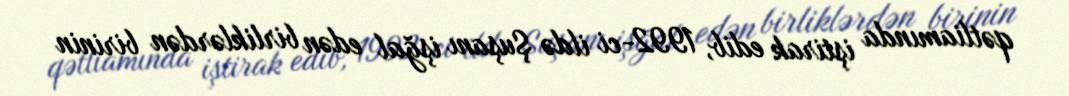
qətliamında iştirak edib, 1992-ci ildə Şuşanı işğal edən birliklərdən birinin